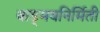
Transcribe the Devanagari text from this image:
वाड्मयनिर्मिती